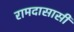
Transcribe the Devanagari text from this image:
रामदासासी